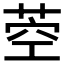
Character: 𦱇